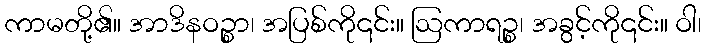
ကာမတို့၏။ အာဒိနဝဉ္စာ၊ အပြစ်ကို၎င်း။ ဩကာရဉ္စ၊ အခွင့်ကို၎င်း။ ဝါ၊